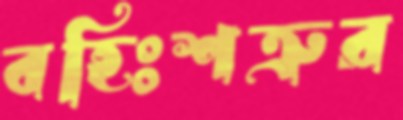
বহিঃশত্রুর